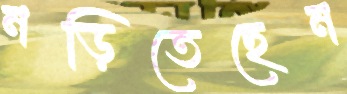
নড়িতেছেন